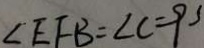
\angle E F B = \angle C = 9 3